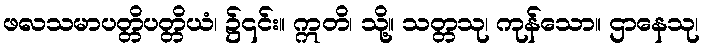
ဖလသမာပတ္တိပတ္တိယံ၊ ၌၎င်း။ ဣတိ၊ သို့။ သတ္တသု၊ ကုန်သော။ ဌာနေသု၊